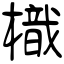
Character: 樴